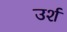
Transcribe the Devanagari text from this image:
उर्श